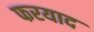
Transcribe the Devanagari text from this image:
फरयाद